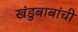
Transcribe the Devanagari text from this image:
खंडुबाबांची